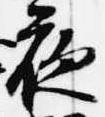
夜